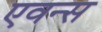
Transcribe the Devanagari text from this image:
एवन्स